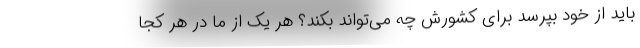
باید از خود بپرسد برای کشورش چه می‌تواند بکند؟ هر یک از ما در هر کجا